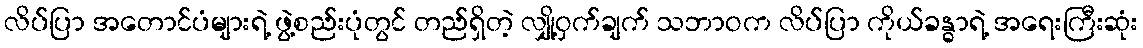
လိပ်ပြာ အတောင်ပံများရဲ့ ဖွဲ့စည်းပုံတွင် တည်ရှိတဲ့ လျှို့ဝှက်ချက် သဘာဝက လိပ်ပြာ ကိုယ်ခန္ဓာရဲ့ အရေးကြီးဆုံး